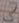
Text: 3